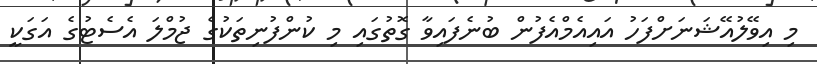
މި އިވޭލުއޭޝަނަށްފަހު އައިއެމްއެފުން ބުނެފައިވާ ގޮތުގައި މި ކުންފުނިތަކުގެ ޖުމްލަ އެސެޓުގެ އަގަކީ